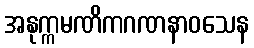
အနုက္ကမဏိကဂဏနာဝသေန